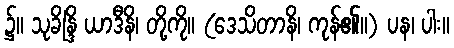
၌။ သုခိန္ဒြိ ယာဒီနိ၊ တို့ကို။ (ဒေသိတာနိ၊ ကုန်၏။) ပန၊ ပါး။